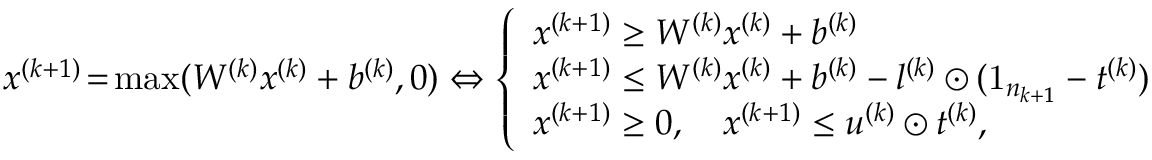
\begin{array} { r } { x ^ { ( k + 1 ) } \! = \! \operatorname* { m a x } ( W ^ { ( k ) } x ^ { ( k ) } + b ^ { ( k ) } , 0 ) \Leftrightarrow \left\{ \begin{array} { l l } { x ^ { ( k + 1 ) } \geq W ^ { ( k ) } x ^ { ( k ) } + b ^ { ( k ) } } \\ { x ^ { ( k + 1 ) } \leq W ^ { ( k ) } x ^ { ( k ) } + b ^ { ( k ) } - l ^ { ( k ) } \odot ( \mathrm { 1 } _ { n _ { k + 1 } } - t ^ { ( k ) } ) } \\ { x ^ { ( k + 1 ) } \geq 0 , \quad x ^ { ( k + 1 ) } \leq u ^ { ( k ) } \odot t ^ { ( k ) } , } \end{array} \right. } \end{array}